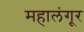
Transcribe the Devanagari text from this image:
महालंगूर